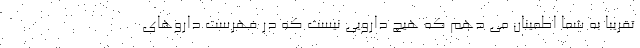
تقریبا به شما اطمینان می دهم که هیچ دارویی نیست که در فهرست داروهای